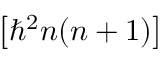
\left[ \hbar ^ { 2 } n ( n + 1 ) \right]